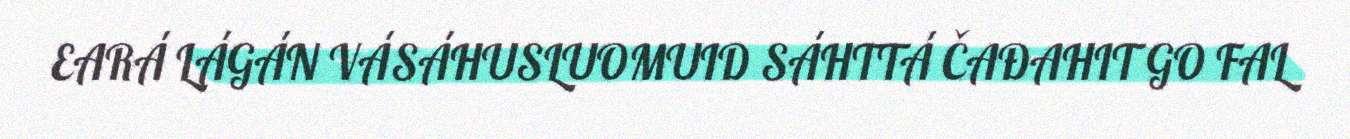
EARÁ LÁGÁN VÁSÁHUSLUOMUID SÁHTTÁ ČAĐAHIT GO FAL